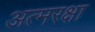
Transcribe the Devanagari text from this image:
अत्मरक्षा